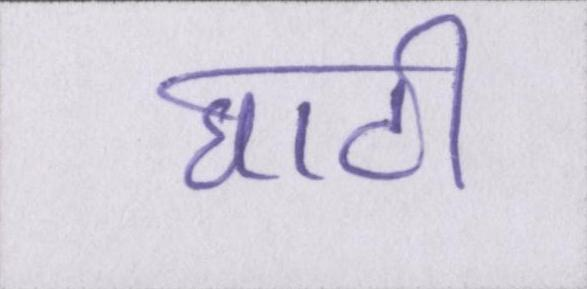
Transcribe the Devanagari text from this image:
घाटी